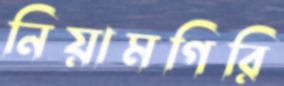
নিয়ামগিরি